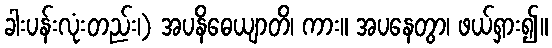
ခါးပန်းလုံးတည်း၊) အပနိဓေယျာတိ၊ ကား။ အပနေတွာ၊ ဖယ်ရှား၍။